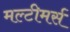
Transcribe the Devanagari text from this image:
मल्टीमर्स